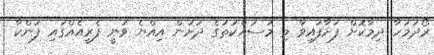
ރޯދަމަހާ ދިމާކޮށް ފަށާފައިވާ މި މަސައްކަތުގެ ދަށުން އިއްޔެ ވަނީ ފެރީއެއްގައި ފަންކާ